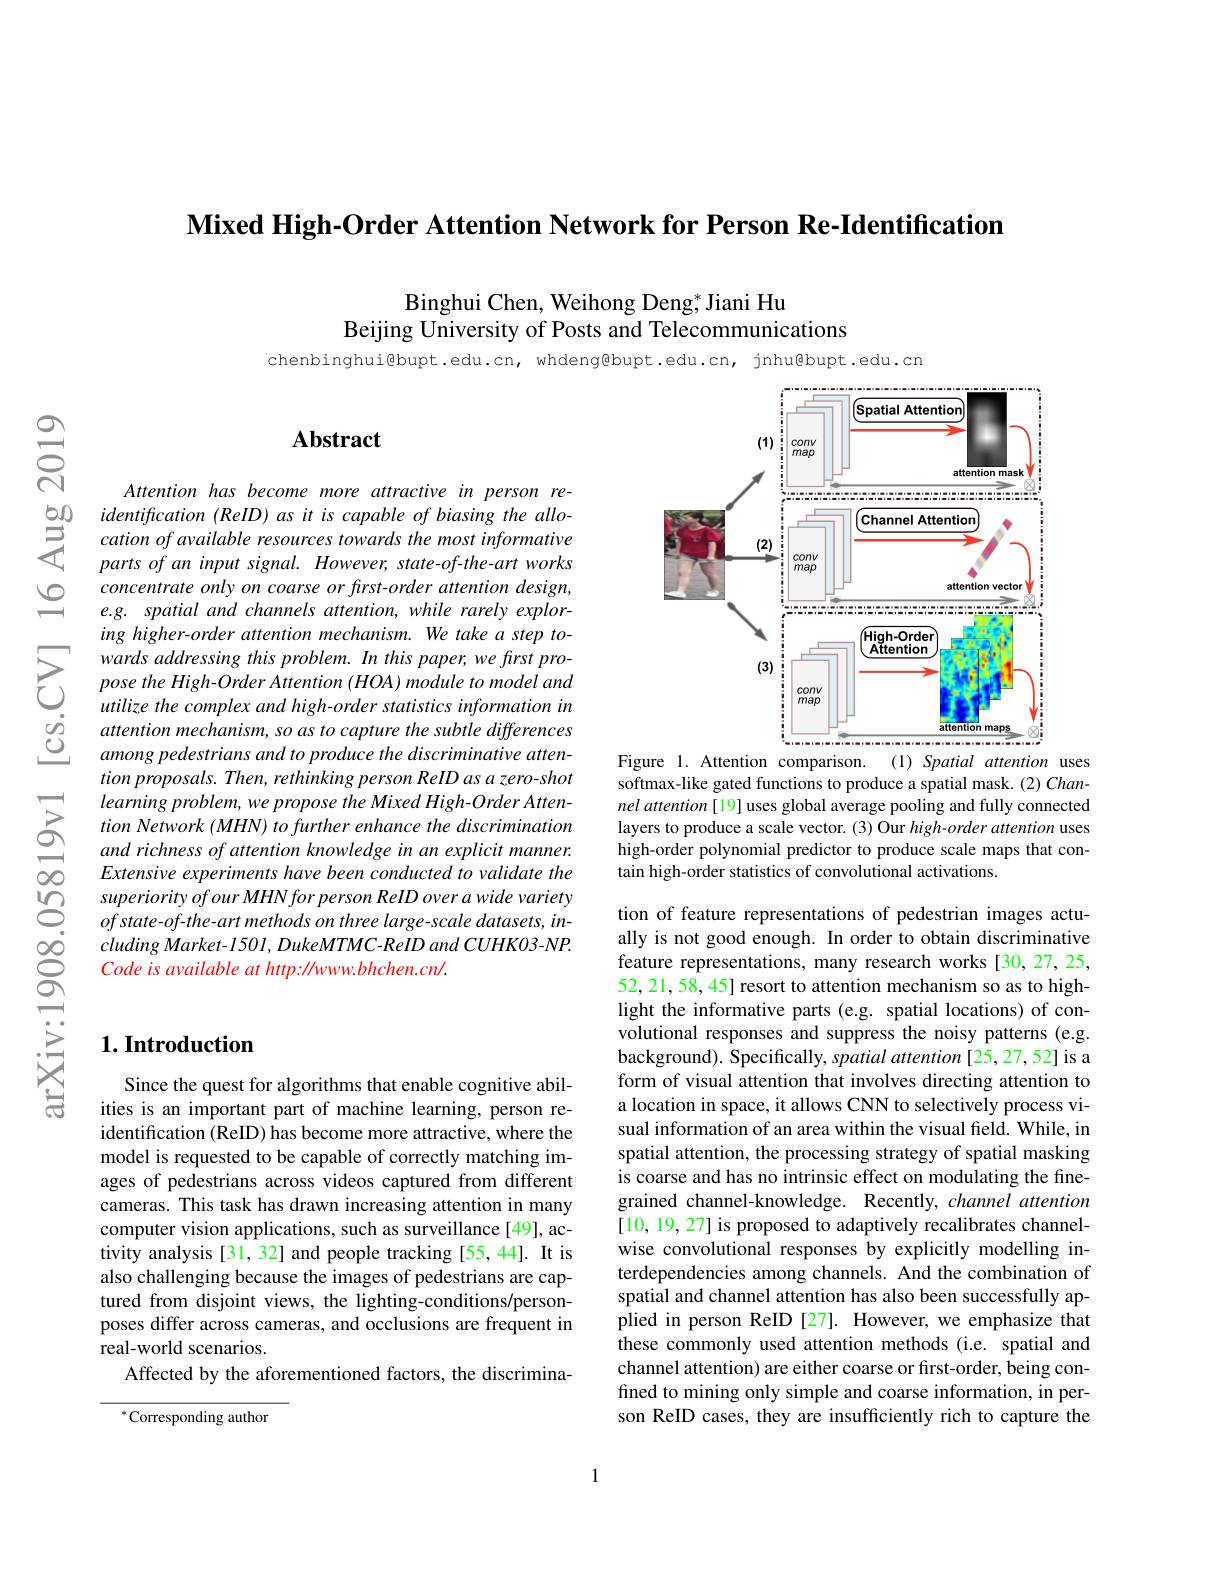
Mixed High-Order Attention Network for Person Re-Identification

Binghui Chen, Weihong Deng,$^*$Jiani Hu
Beijing University of Posts and Telecommunications

chenbinghui@bupt.edu.cn, whdeng@bupt.edu.cn, jnhu@bupt.edu.cn

$స్సి$

## $\mathbf{Abstract}$

Attention has become more attractive in person re-
$\begin{array}{ccc}{50}&{identifrcation~(ReID)~as~it~is~capable~of~biasing~the~allo-1}\\{5}&{cation~of~available~resources~towards~the~most~informative.}\\{3}&{narts~of~an~innut~siend~However~state-of-the-art~works}\end{array}$
$partsofaninputsignal.However,state-of-the-artworks$ concentrate only on coarse or first-order attention design, e.g. spatial and channels attention, while rarely exploring higher-order attention mechanism. We take a step towards addressing this problem. In this paper, we first propose the High- Order Attention ( HOA) module to model and utilize the complex and high-order statistics information in attention mechanism, so as to capture the subtle differences among pedestrians and to produce the discriminative attention proposals. Then, rethinking person ReID as a zero-shot learning problem, we propose the Mixed High- Order Attention Network (MHN) to further enhance the discrimination and richness of attention knowledge in an explicit manner. Extensive experiments have been conducted to validate the superiority of our MHN for person ReID over a wide variety of state-of-the-art methods on three large-scale datasets, in- $cluding Market-1501, DukeMTMC-ReID and CUHK03-NP.$ Code is available at http: //www. bhchen.cn/.

## $1. \textbf{Introduction}$

Since the quest for algorithms that enable cognitive abilities is an important part of machine learning, person reidentification (ReID) has become more attractive, where the model is requested to be capable of correctly matching images of pedestrians across videos captured from different cameras. This task has drawn increasing attention in many computer vision applications, such as surveillance [49], activity analysis [31, 32] and people tracking [55, 44]. It is also challenging because the images of pedestrians are captured from disjoint views, the lighting-conditions/personposes differ across cameras, and occlusions are frequent in real-world scenarios.
Affected by the aforementioned factors, the discrimina-

$^{*}$Corresponding author

<FigureHere>
Figure 1. Attention comparison. (1) Spatial attention uses

softmax-like gated functions to produce a spatial mask. (2) Channel attention [19] uses global average pooling and fully connected layers to produce a scale vector. (3) Our high-order attention uses high-order polynomial predictor to produce scale maps that contain high-order statistics of convolutional activations.

tion of feature representations of pedestrian images actually is not good enough. In order to obtain discriminative feature representations, many research works [30,27,25, 52, 21, 58, 45] resort to attention mechanism so as to highlight the informative parts (e.g. spatial locations) of convolutional responses and suppress the noisy patterns (e.g. background). $\hat{\text{Specifically, spatial attention[25,27,52]is a}}$ form of visual attention that involves directing attention to a location in space, it allows CNN to selectively process visual information of an area within the visual field. While, in spatial attention, the processing strategy of spatial masking is coarse and has no intrinsic effect on modulating the finegrained channel-knowledge. Recently, channel attention [10, 19, 27] is proposed to adaptively recalibrates channelwise convolutional responses by explicitly modelling interdependencies among channels. And the combination of spatial and channel attention has also been successfully applied in person ReID [27]. However, we emphasize that these commonly used attention methods (i.e. spatial and channel attention) are either coarse or first-order, being confined to mining only simple and coarse information, in person ReID cases, they are insufficiently rich to capture the

1